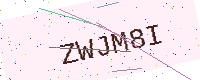
Text: ZWJM8I